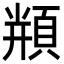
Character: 𩓍